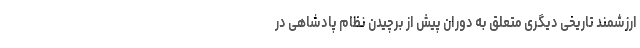
ارزشمند تاریخی دیگری متعلق به دوران پیش از برچیدن نظام پادشاهی در